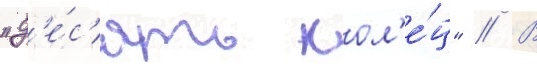
"д'е́с'ять кол'е́ц" // В